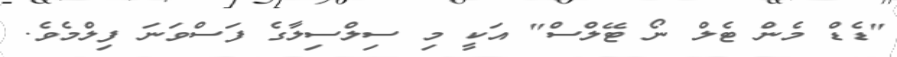
"ޑެޑް މެން ޓެލް ނޯ ޓޭލްސް" އަކީ މި ސިލްސިލާގެ ފަސްވަނަ ފިލްމެވެ.